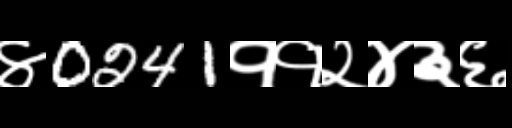
Text: ४0241११२४३६